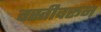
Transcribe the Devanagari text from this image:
वस्तीवरून